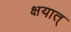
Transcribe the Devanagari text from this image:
क्षयात्